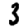
Digit: 3